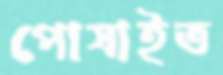
পোষাইত